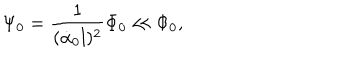
LaTeX: \Psi _ { 0 } = \frac { 1 } { ( \dot { \alpha } _ { 0 } l ) ^ { 2 } } \Phi _ { 0 } \ll \Phi _ { 0 } ,